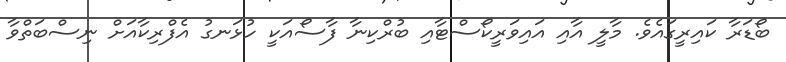
ބޯޑަރާ ކައިރީގައެވެ. މާލީ އާއި އައިވަރީކޯސްޓާއި ބުރްކިނާ ފާސޯއަކީ ހުޅަނގު އެފްރިކާއަށް ނިސްބަތްވާ